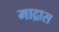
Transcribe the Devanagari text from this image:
माद्रास